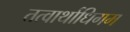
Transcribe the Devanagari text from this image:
तत्वार्थाधिगम